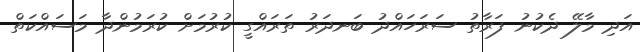
އަދި މާލޭ ދެކުނު ފަރާތު ސަރަހައްދު ބަނދަރު ތަރައްގީ ކުރުމަށް ކުރަމުންދާ މަސައްކަތް